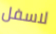
لاسفل